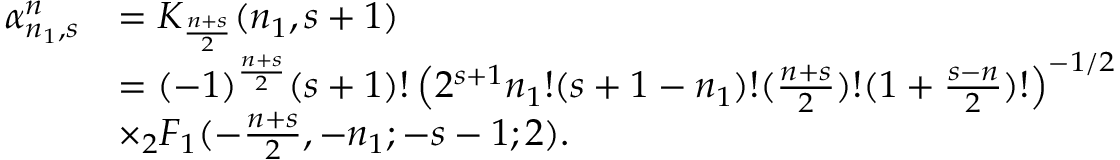
\begin{array} { r l } { \alpha _ { n _ { 1 } , s } ^ { n } } & { = K _ { \frac { n + s } { 2 } } ( n _ { 1 } , s + 1 ) } \\ & { = ( - 1 ) ^ { \frac { n + s } { 2 } } ( s + 1 ) ! \left( 2 ^ { s + 1 } n _ { 1 } ! ( s + 1 - n _ { 1 } ) ! ( \frac { n + s } { 2 } ) ! ( 1 + \frac { s - n } { 2 } ) ! \right) ^ { - 1 / 2 } } \\ & { \times _ { 2 } F _ { 1 } ( - \frac { n + s } { 2 } , - n _ { 1 } ; - s - 1 ; 2 ) . } \end{array}